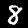
Digit: 8